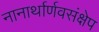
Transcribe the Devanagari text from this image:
नानार्थार्णवसंक्षेप